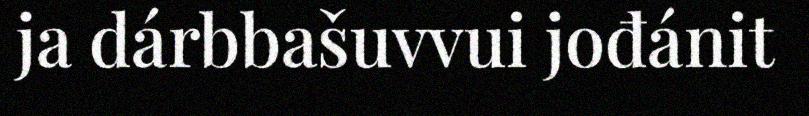
ja dárbbašuvvui jođánit